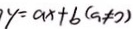
y = a x + b ( a \neq 0 )